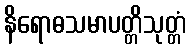
နိရောဓသမာပတ္တိသုတ္တံ